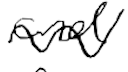
Text: and
Cross-out: wave
Writing tool: digital_black